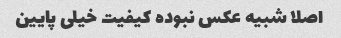
اصلا شبیه عکس نبوده کیفیت خیلی پایین